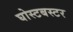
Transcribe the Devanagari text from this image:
घोस्टबस्टर